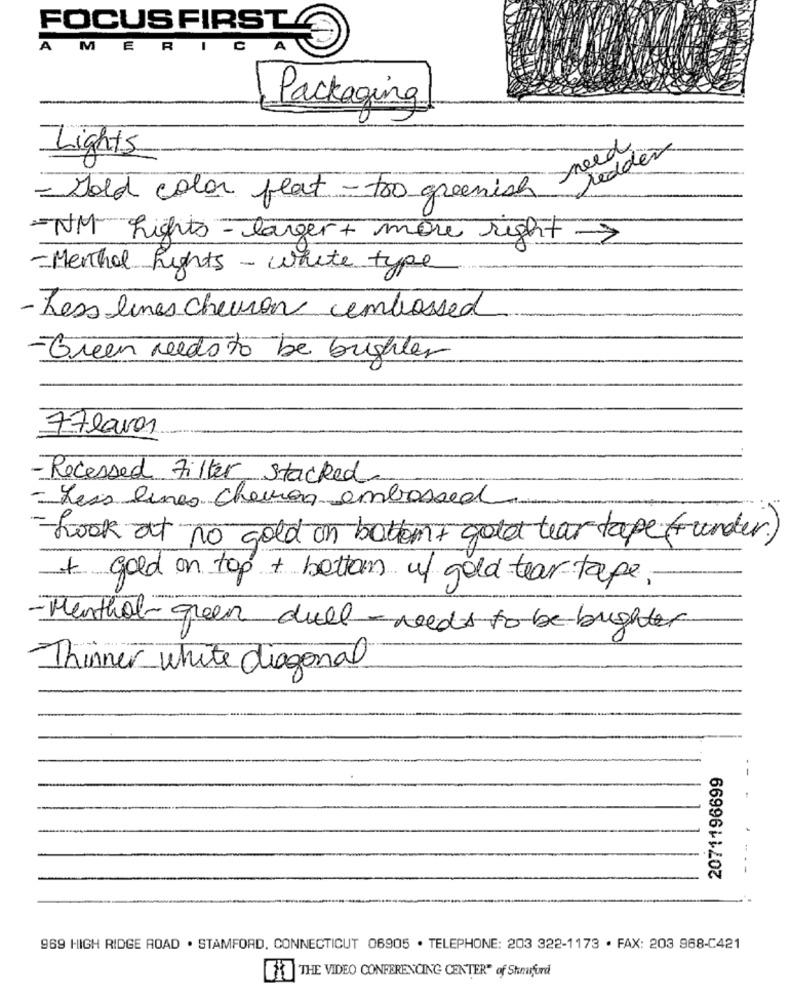
FOCUS FIRST
A
MERIC
Packaging!
needs
redde
Lights
- Hold color feat - Tro greenish
- NM Lights - larger + more right >
- Menthol Lights - white type
- Less lines chevron embossed
-Green needs to be bughter
77lavos
-Recessed Filter Stacked
- Less lines chevron embossed
-Look at no gold on botten + gold tear tape ( under)
+ gold on top + bottom of gold tear tape-
- Menthol- green dull - needs to be bughter
Thinner white diagonal
2071196699
969 HIGH RIDGE ROAD . STAMFORD, CONNECTICUT 06905 . TELEPHONE: 203 322-1173 · FAX: 203 968-C421
[1] THE VIDEO CONFERENCING CENTER" of Stamford